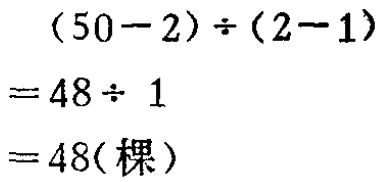
\[
\begin{align*}
&(50 - 2)\div(2 - 1)\\
=&48\div1\\
=&48(\text{棵})
\end{align*}
\]